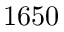
1 6 5 0